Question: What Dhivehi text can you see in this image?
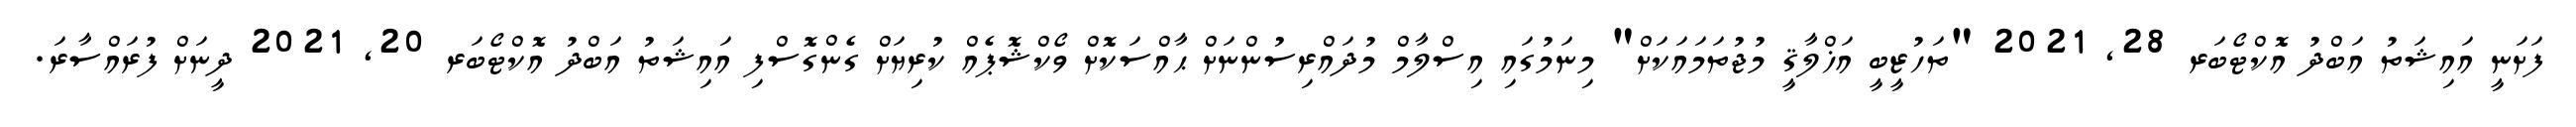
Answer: ފަށަނީ އައިޝަތު އަބްދު އޮކްޓޯބަރ 28, 2021 "ތަހުޒީބީ އަޚްލާޤީ މުޖުތަމައަކަށް" މިނަމުގައި އިސްލާމް މުދައްރިސުންނަށް ޙާއްސަކޮށް ވޯކްޝޮޕެއް ކުރިޔަށް ގެންގޮސްފި އައިޝަތު އަބްދު އޮކްޓޯބަރ 20, 2021 ދީނަށް ފުރައްސާރަ.